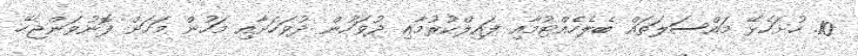
10. ހުށަހެޅޭ މައްސަލަތައް ބެލެހެއްޓުމާއި ފައިލްކުރުމާއި ދުވަހުން ދުވަހަށާއި މަހުން މަހަށް ފޮނުވަންޖެހޭ